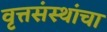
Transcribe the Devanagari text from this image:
वृत्तसंस्थांचा